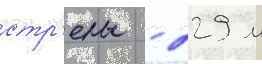
стр'елы - 229 м